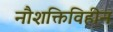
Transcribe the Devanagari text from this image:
नौशक्तिविहीन